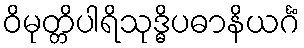
ဝိမုတ္တိပါရိသုဒ္ဓိပဓာနိယင်္ဂံ